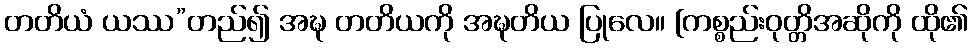
တတိယံ ယဿ”တည်၍ အဍ္ဎ တတိယကို အဍ္ဎတိယ ပြုလေ။ [ကစ္စည်းဝုတ္တိအဆိုကို ထို၏